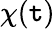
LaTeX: \chi(\mathtt{t})